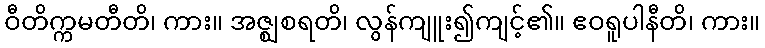
ဝီတိက္ကမတီတိ၊ ကား။ အဇ္ဈစရတိ၊ လွန်ကျူး၍ကျင့်၏။ ဧဝရူပါနီတိ၊ ကား။